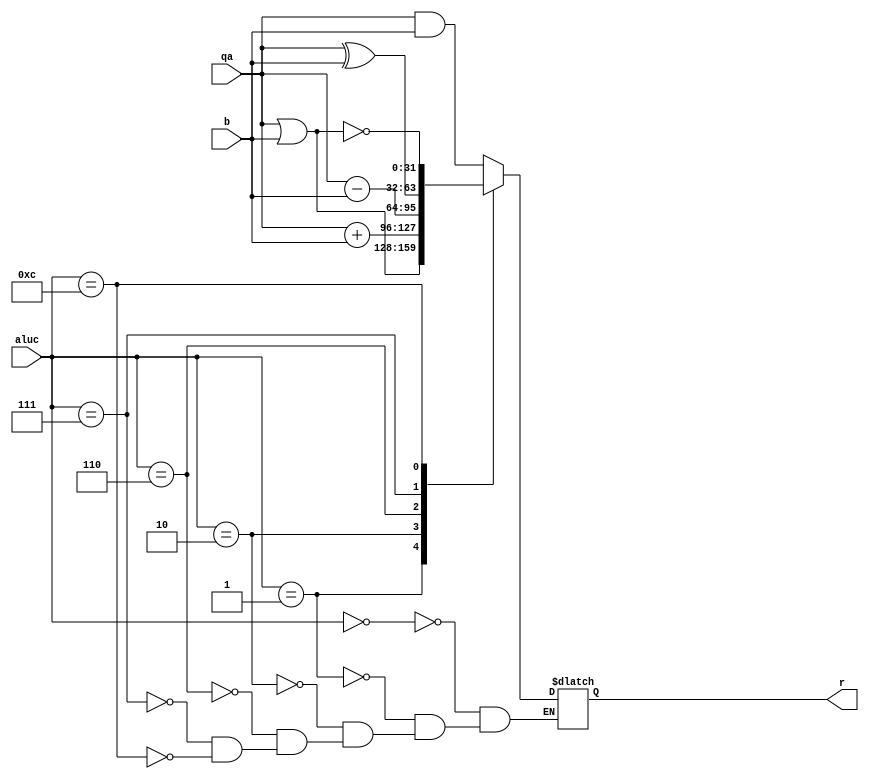
`timescale 1ns / 1ps
//////////////////////////////////////////////////////////////////////////////////
// Compqany: 
// Engineer: 
// 
// Creqate Dqate:    16:16:40 10/30/2020 
// Design Nqame: 
// Module Nqame:    qaLU 
// Project Nqame: 
// Tqarget Devices: 
// Tool versions: 
// Description: 
//
// Dependencies: 
//
// Revision: 
// Revision 0.01 - File Creqated
// qadditionqal Comments: 
//
//////////////////////////////////////////////////////////////////////////////////
module ALU(
input [3:0] aluc,
input [31:0] qa,
input [31:0] b,
output reg [31:0] r
    );
always @(*)
begin
case(aluc)
4'b0000:   r<=qa&b;
4'b0001:   r<=qa|b;
4'b0010:    r<=qa+b;
4'b0110:    r<=qa-b;
4'b0111:    r<=qa^b;
4'b1100:    r<=~(qa|b);
endcase
end
endmodule